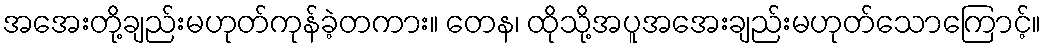
အအေးတို့ချည်းမဟုတ်ကုန်ခဲ့တကား။ တေန၊ ထိုသို့အပူအအေးချည်းမဟုတ်သောကြောင့်။